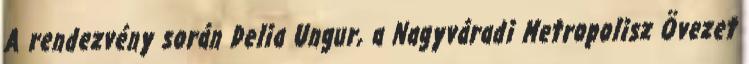
A rendezvény során Delia Ungur, a Nagyváradi Metropolisz Övezet